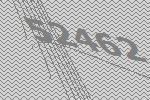
52462